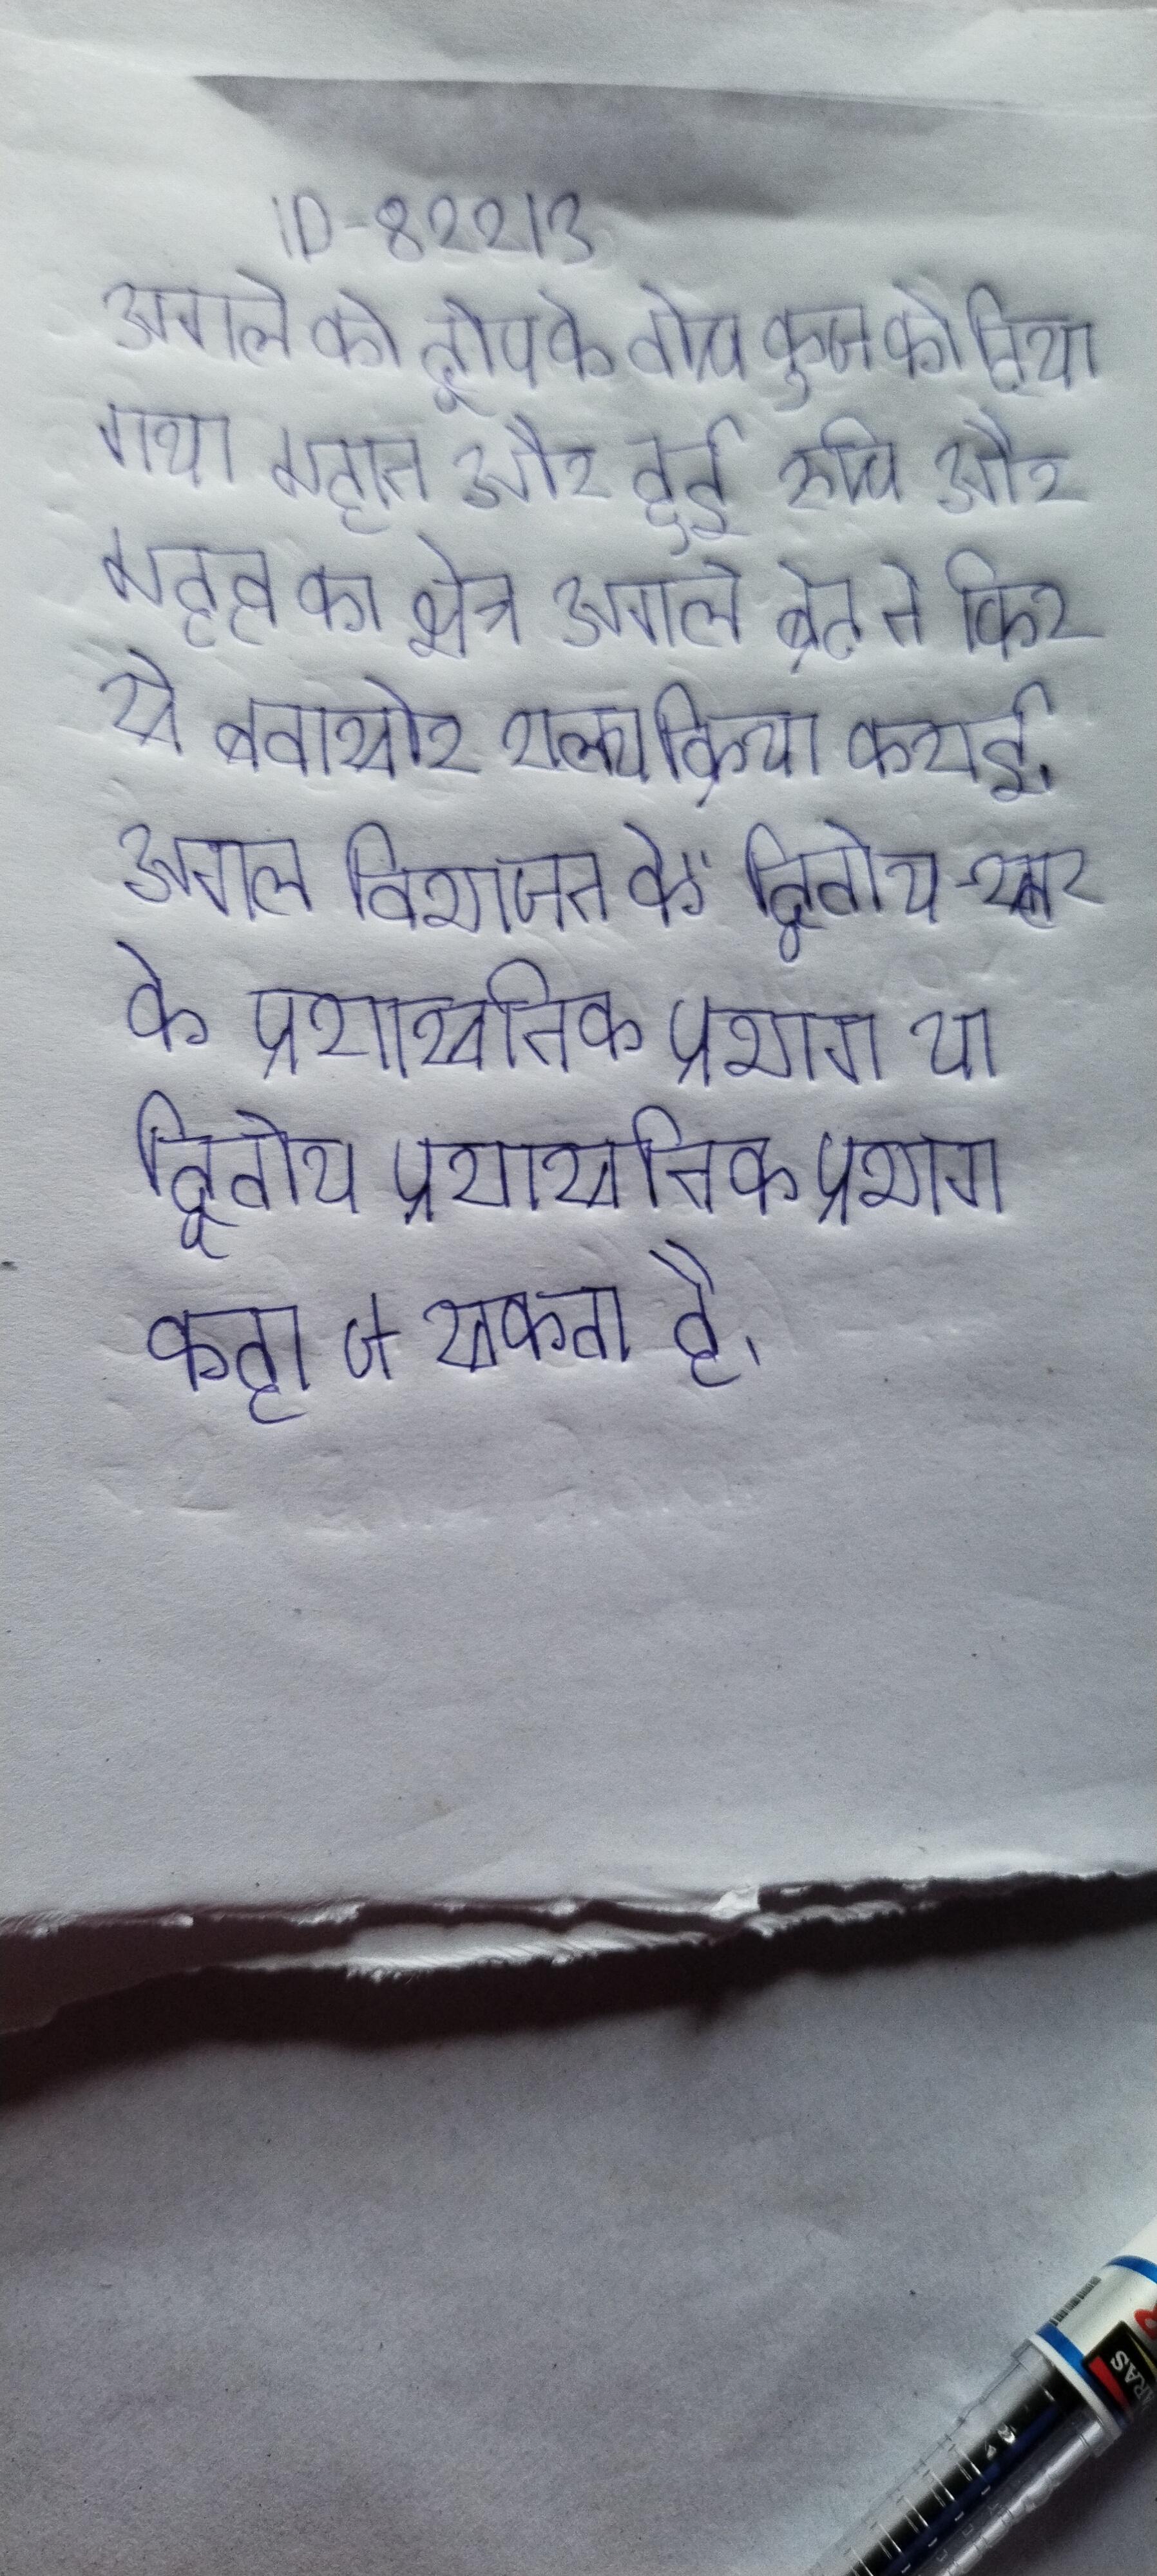
अगले को द्वीप के बीच क्रूज को दिया गया, "महान और हुई रूचि और महत्व का क्षेत्र." अगले ब्रेट ने फिर से बवासीर शल्यक्रिया कराई । अगले विभाजन को "द्वितीय-स्तर के प्रशासनिक प्रभाग" या "द्वितीय प्रशासनिक प्रभाग" कहा ज सकता है ।